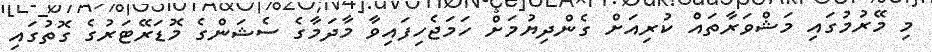
މި މޭރުމުގައި މަޝްވަރާތައް ކުރިއަށް ގެންދިޔުމަށް ހަމަޖެހިފައިވާ މާދަމާގެ ސެޝަންގެ މޮޑަރޭޓަރުގެ ގޮތުގައި